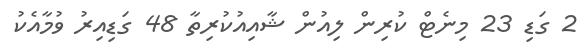
2 ގަޑި 23 މިނެޓް ކުރިން ލިއުން ޝާއިއުކުރިތާ 48 ގަޑިއިރު ވުމާއެކު